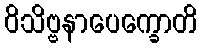
ဝိသိဗ္ဗနာပေက္ခောတိ